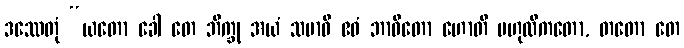
ဒဿေတုံ “ယတော ခေါ တေ ဘိက္ခု အယံ သမာဓိ ဧဝံ ဘာဝိတော ဟောတိ ဗဟုလီကတော, တတော တေ